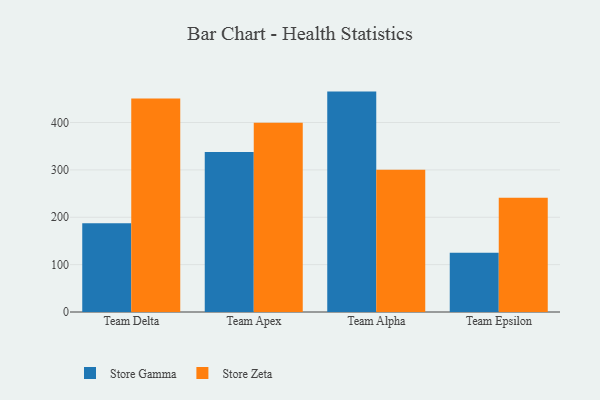
{"axis": {"x": "Team", "y": "Budget (USD K)"}, "legend": ["Store Gamma", "Store Zeta"], "data": [{"x": "Team Delta", "y": 187.2, "type": "Store Gamma"}, {"x": "Team Delta", "y": 450.6, "type": "Store Zeta"}, {"x": "Team Apex", "y": 337.9, "type": "Store Gamma"}, {"x": "Team Apex", "y": 399.3, "type": "Store Zeta"}, {"x": "Team Alpha", "y": 465.3, "type": "Store Gamma"}, {"x": "Team Alpha", "y": 300.3, "type": "Store Zeta"}, {"x": "Team Epsilon", "y": 125.1, "type": "Store Gamma"}, {"x": "Team Epsilon", "y": 241.0, "type": "Store Zeta"}]}